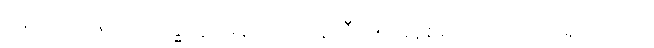
နောက် တစ်ပတ် ဗုဒ္ဓဟူး မနက် ၁၀ နာရီ ၁၅ မိနစ်မှာ လေယာဉ် ရှိပါတယ်။